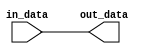
module io_block_low_power_buffer (
    input wire in_data,
    output reg out_data
);

// Low-power buffer design code
// Add logic for level shifting, signal conditioning, and impedance matching
// Ensure minimal power consumption while maintaining signal integrity

assign out_data = in_data; // Placeholder for buffer logic

endmodule